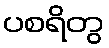
ပစရိတွ